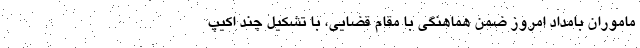
ماموران بامداد امروز ضمن هماهنگی با مقام قضایی، با تشکیل چند اکیپ